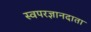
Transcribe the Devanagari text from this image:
स्वपरज्ञानदाता